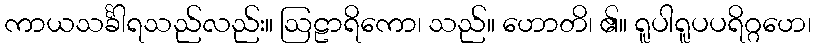
ကာယသင်္ခါရသည်လည်း။ ဩဠာရိကော၊ သည်။ ဟောတိ၊ ၏။ ရူပါရူပပရိဂ္ဂဟေ၊